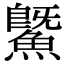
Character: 鱀